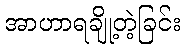
အာဟာရချို့တဲ့ခြင်း